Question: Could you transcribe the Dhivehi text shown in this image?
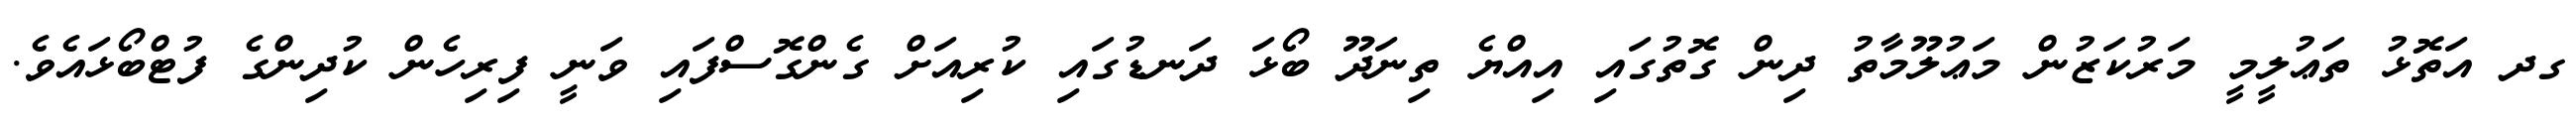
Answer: ގދ އަތޮޅު ތަޢުލީމީ މަރުކަޒުން މަޢުލޫމާތު ދިން ގޮތުގައި އިއްޔެ ތިނަދޫ ބޯޅަ ދަނޑުގައި ކުރިއަށް ގެންގޮސްފައި ވަނީ ފިރިހެން ކުދިންގެ ފުޓްބޯޅައެވެ.